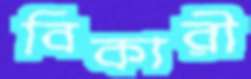
বিকারী